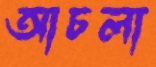
আচলা